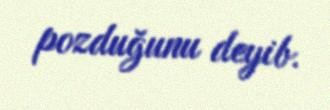
pozduğunu deyib.